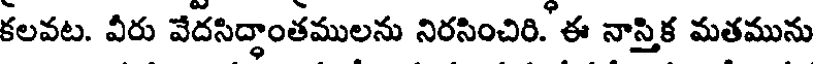
కలవట. వీరు వేదసిద్ధాంతములను నిరసించిరి. ఈ నాస్తిక మతమును